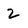
Character: 2